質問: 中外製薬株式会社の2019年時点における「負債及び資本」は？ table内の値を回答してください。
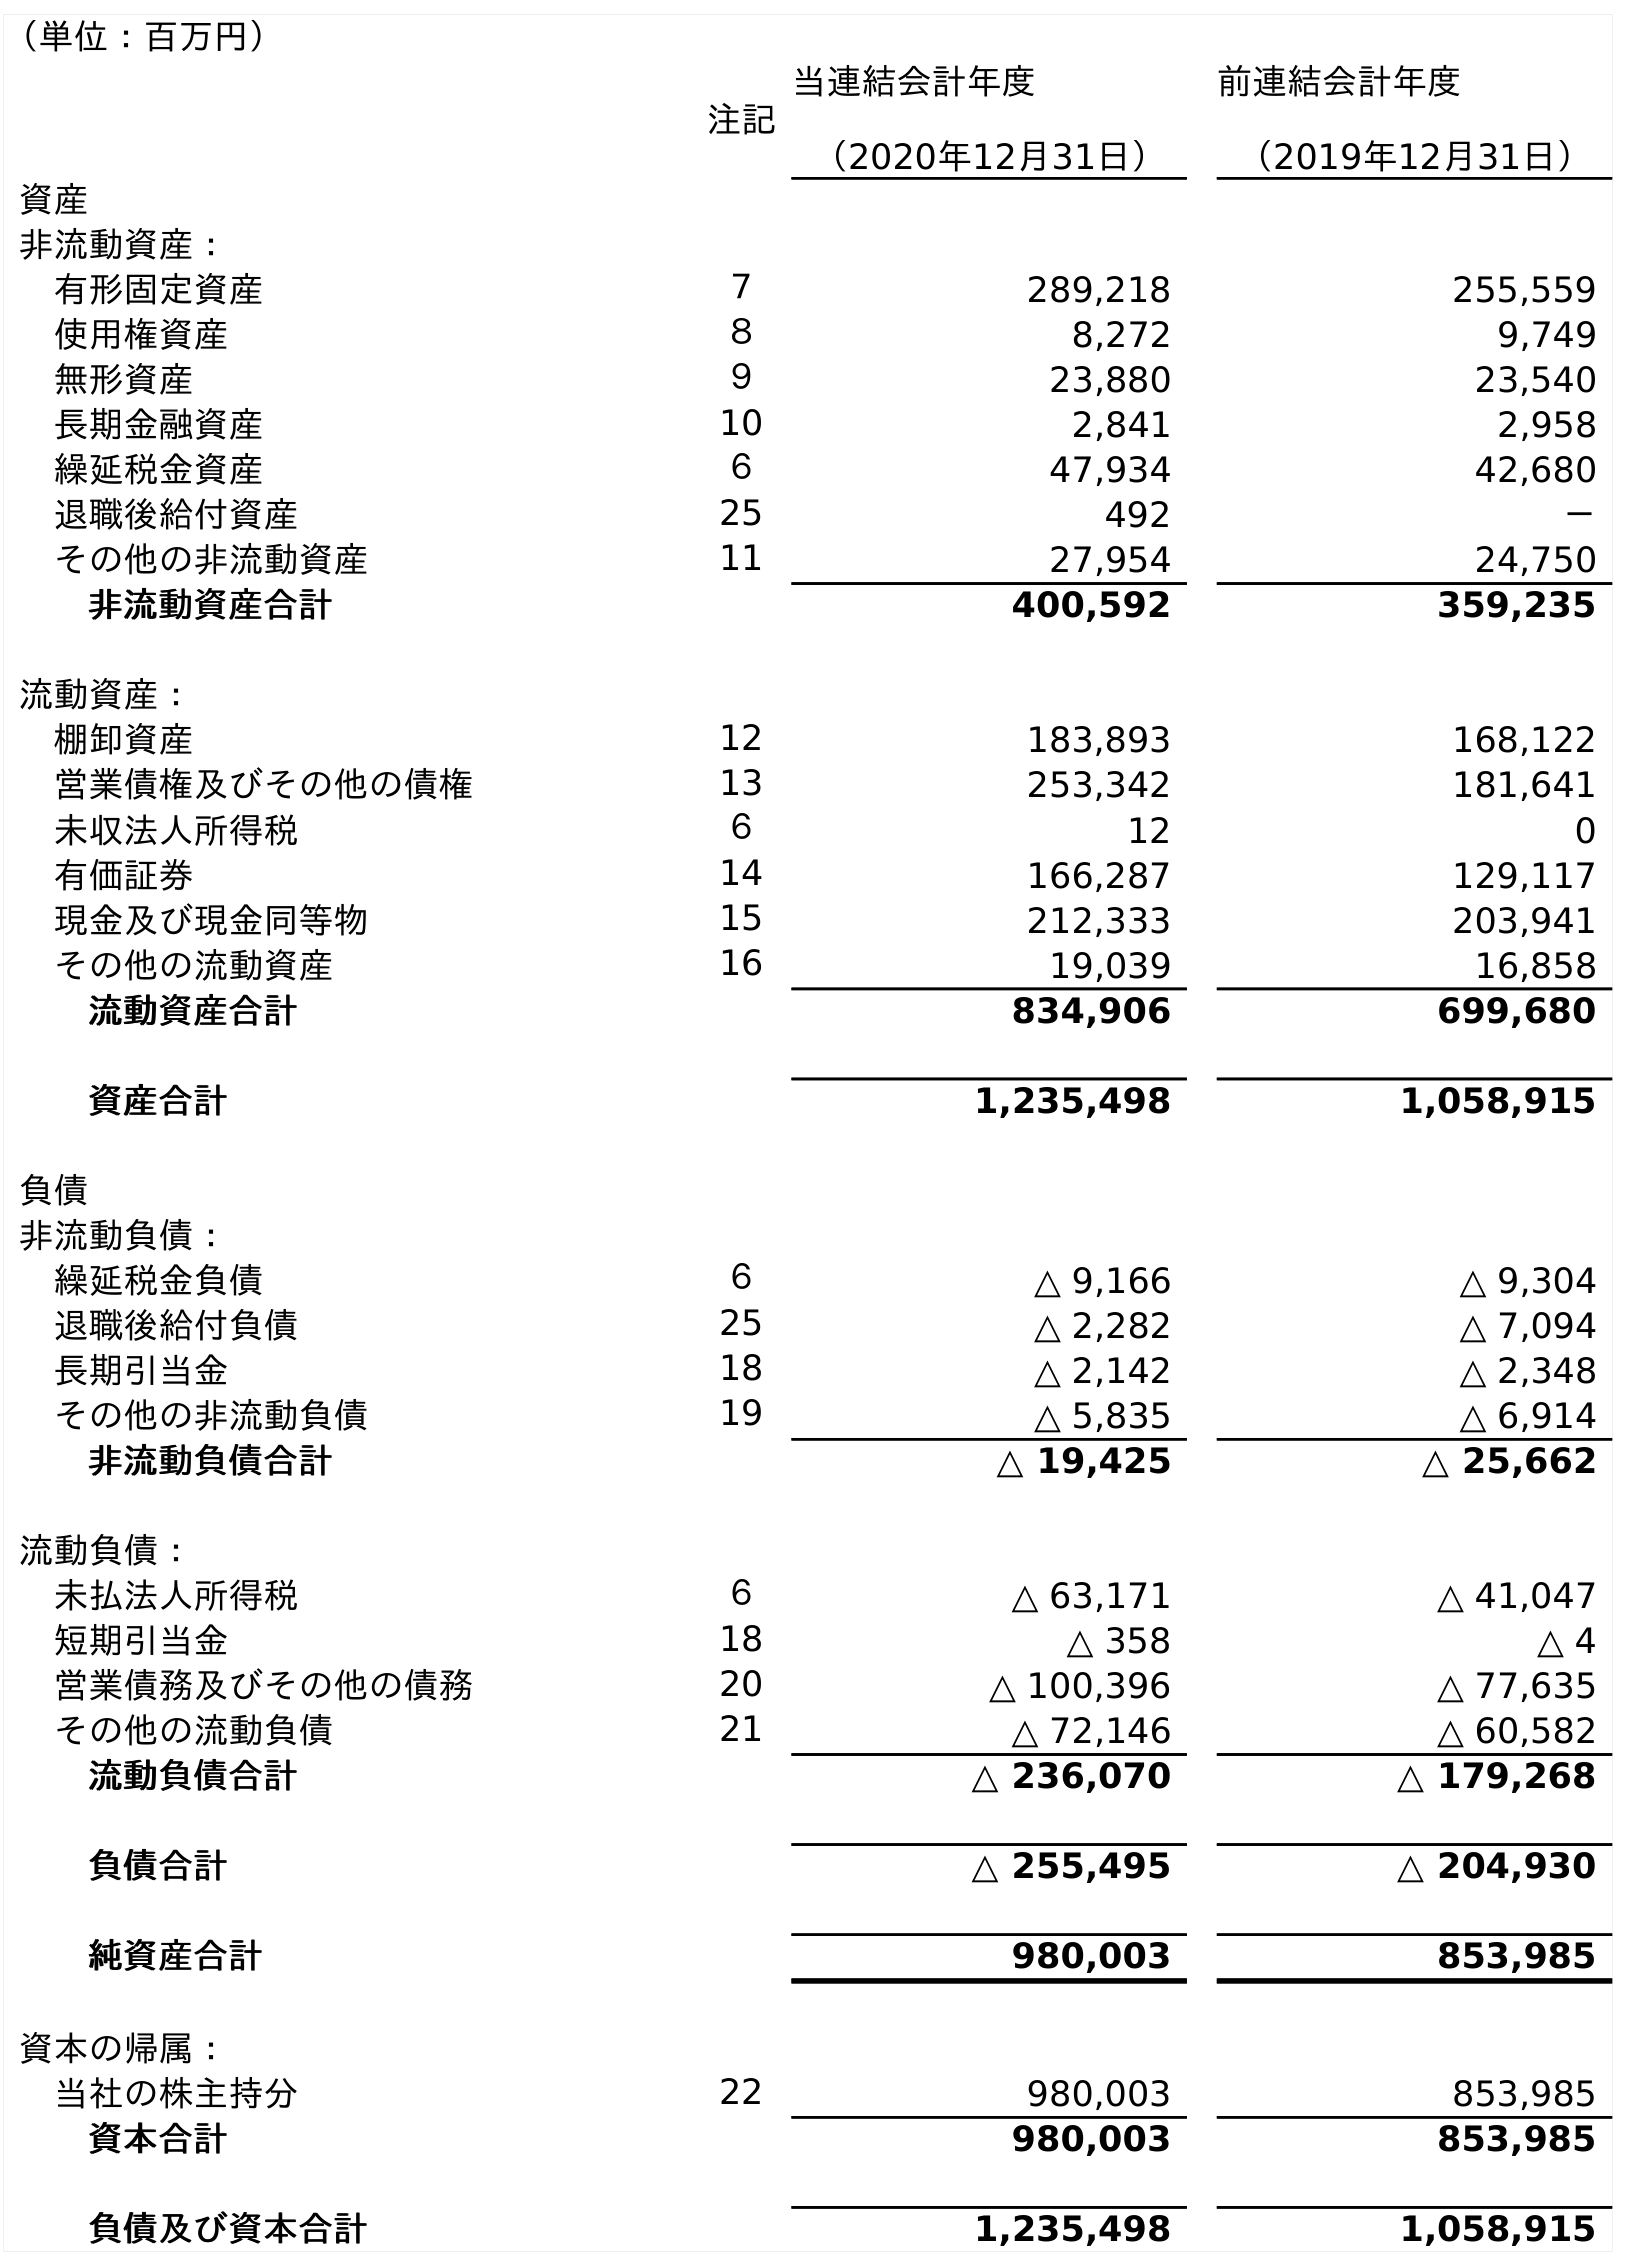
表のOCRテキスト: （単位：百万円） 注記 当連結会計年度 （2020年12月31日） 前連結会計年度 （2019年12月31日） 資産 非流動資産： 有形固定資産 ７ 289,218 255,559 使用権資産 ８ 8,272 9,749 無形資産 ９ 23,880 23,540 長期金融資産 10 2,841 2,958 繰延税金資産 ６ 47,934 42,680 退職後給付資産 25 492 － その他の非流動資産 11 27,954 24,750 非流動資産合計 400,592 359,235 流動資産： 棚卸資産 12 183,893 168,122 営業債権及びその他の債権 13 253,342 181,641 未収法人所得税 ６ 12 0 有価証券 14 166,287 129,117 現金及び現金同等物 15 212,333 203,941 その他の流動資産 16 19,039 16,858 流動資産合計 834,906 699,680 資産合計 1,235,498 1,058,915 負債 非流動負債： 繰延税金負債 ６ △ 9,166 △ 9,304 退職後給付負債 25 △ 2,282 △ 7,094 長期引当金 18 △ 2,142 △ 2,348 その他の非流動負債 19 △ 5,835 △ 6,914 非流動負債合計 △ 19,425 △ 25,662 流動負債： 未払法人所得税 ６ △ 63,171 △ 41,047 短期引当金 18 △ 358 △ 4 営業債務及びその他の債務 20 △ 100,396 △ 77,635 その他の流動負債 21 △ 72,146 △ 60,582 流動負債合計 △ 236,070 △ 179,268 負債合計 △ 255,495 △ 204,930 純資産合計 980,003 853,985 資本の帰属： 当社の株主持分 22 980,003 853,985 資本合計 980,003 853,985 負債及び資本合計 1,235,498 1,058,915
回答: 1,058,915